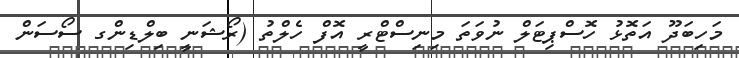
މަހިބަދޫ އަތޮޅު ހޮސްޕިޓަލް ނުވަތަ މިނިސްޓްރީ އޮފް ހެލްތު (ރޯޝަނީ ބިލްޑިންގ ސޯސަން